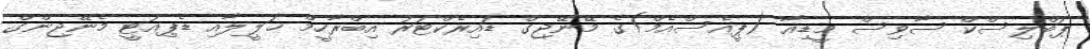
ޕަބްލިސްކް ސާވިސް މީޑިއާ (ޕީއެސްއެމް)ގެ މޭނޭޖިގް ޑައިރެކްޓަރު އިބްރާހީމް ޚަލީލާއި ޑެޕިއުޓީ މެނޭޖިންގް